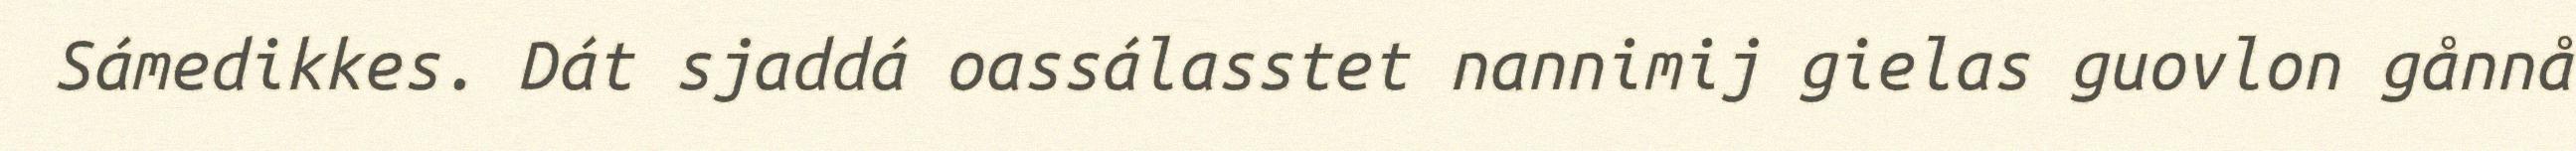
Sámedikkes. Dát sjaddá oassálasstet nannimij gielas guovlon gånnå